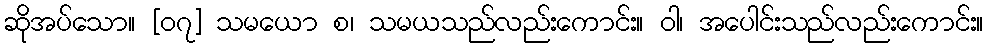
ဆိုအပ်သော။ [၀၇] သမယော စ၊ သမယသည်လည်းကောင်း။ ဝါ၊ အပေါင်းသည်လည်းကောင်း။